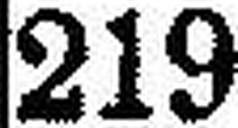
219